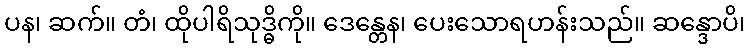
ပန၊ ဆက်။ တံ၊ ထိုပါရိသုဒ္ဓိကို။ ဒေန္တေန၊ ပေးသောရဟန်းသည်။ ဆန္ဒောပိ၊